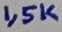
Text: 1,5K